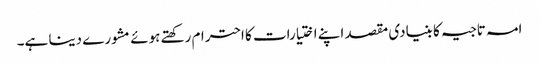
امہ تاجیہ کا بنیادی مقصد اپنے اختیارات کا احترام رکھتے ہوئے مشورے دینا ہے۔